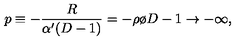
p \equiv - { \frac { R } { \alpha ^ { \prime } ( D - 1 ) } } = - { { \rho } \o { D - 1 } } \to - \infty ,